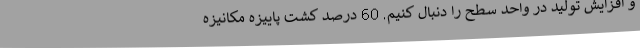
و افزایش تولید در واحد سطح را دنبال کنیم. 60 درصد کشت پاییزه مکانیزه